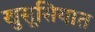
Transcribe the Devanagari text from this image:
खुसूसियात